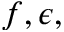
f , \epsilon ,